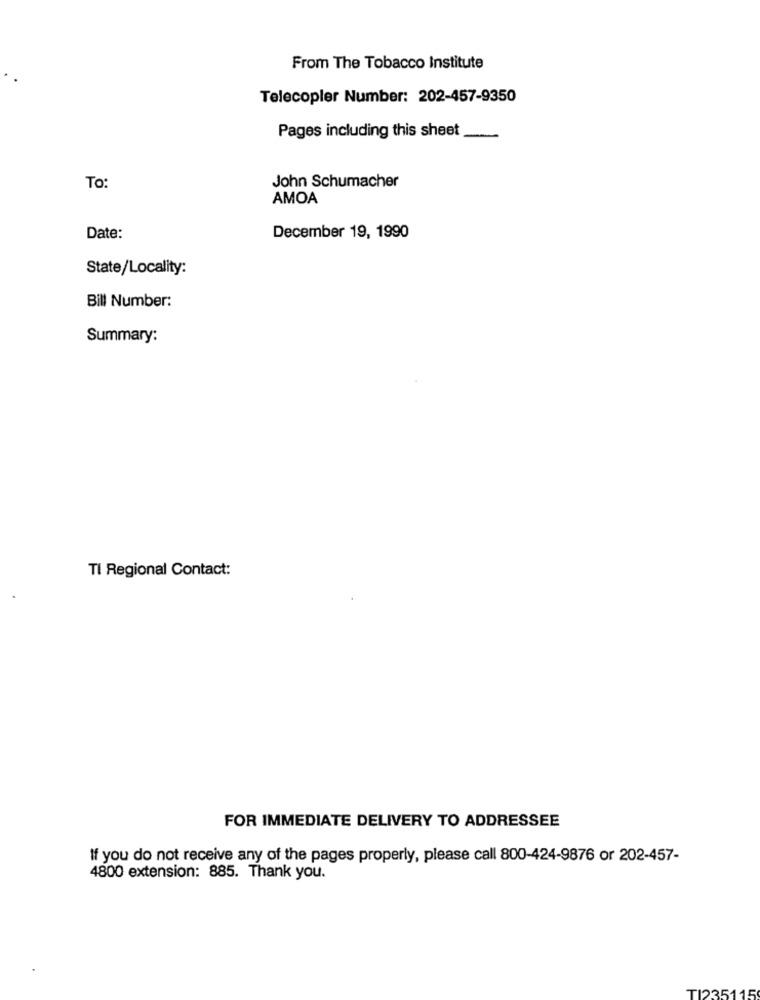
From The Tobacco Institute
Telecopler Number: 202-457-9350
Pages including this sheet
To:
John Schumacher
AMOA
Date:
December 19, 1990
State/Locality:
Bill Number:
Summary:
TI Regional Contact:
FOR IMMEDIATE DELIVERY TO ADDRESSEE
If you do not receive any of the pages properly, please call 800-424-9876 or 202-457-
4800 extension: 885. Thank you.
TI235115